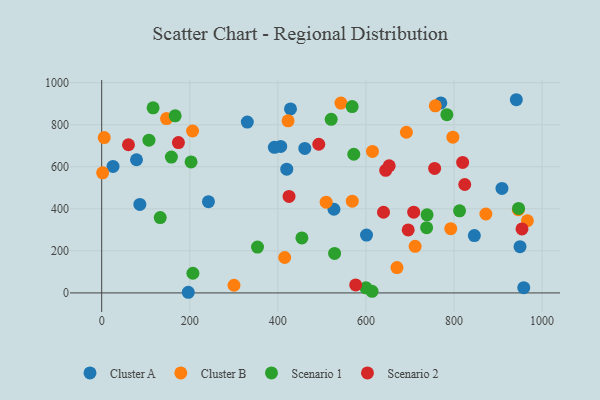
{"axis": {"x": "Study Hours", "y": "Yield"}, "legend": ["Cluster A", "Cluster B", "Scenario 1", "Scenario 2"], "data": [{"x": "527.4", "y": 397.8, "type": "Cluster A"}, {"x": "420.2", "y": 588.4, "type": "Cluster A"}, {"x": "846.2", "y": 272.6, "type": "Cluster A"}, {"x": "601.3", "y": 274.9, "type": "Cluster A"}, {"x": "25.7", "y": 601.4, "type": "Cluster A"}, {"x": "406.5", "y": 696.9, "type": "Cluster A"}, {"x": "428.7", "y": 874.9, "type": "Cluster A"}, {"x": "392.1", "y": 692.5, "type": "Cluster A"}, {"x": "908.9", "y": 496.8, "type": "Cluster A"}, {"x": "770.0", "y": 903.8, "type": "Cluster A"}, {"x": "330.6", "y": 812.6, "type": "Cluster A"}, {"x": "79.0", "y": 633.4, "type": "Cluster A"}, {"x": "242.4", "y": 434.1, "type": "Cluster A"}, {"x": "461.2", "y": 687.2, "type": "Cluster A"}, {"x": "86.6", "y": 420.7, "type": "Cluster A"}, {"x": "949.9", "y": 220.0, "type": "Cluster A"}, {"x": "958.4", "y": 25.0, "type": "Cluster A"}, {"x": "196.6", "y": 3.0, "type": "Cluster A"}, {"x": "941.5", "y": 918.8, "type": "Cluster A"}, {"x": "415.5", "y": 168.3, "type": "Cluster B"}, {"x": "797.4", "y": 740.8, "type": "Cluster B"}, {"x": "691.9", "y": 764.2, "type": "Cluster B"}, {"x": "757.5", "y": 889.9, "type": "Cluster B"}, {"x": "206.3", "y": 770.0, "type": "Cluster B"}, {"x": "711.7", "y": 221.7, "type": "Cluster B"}, {"x": "147.2", "y": 829.1, "type": "Cluster B"}, {"x": "872.4", "y": 375.4, "type": "Cluster B"}, {"x": "670.5", "y": 120.6, "type": "Cluster B"}, {"x": "5.7", "y": 738.6, "type": "Cluster B"}, {"x": "966.6", "y": 343.3, "type": "Cluster B"}, {"x": "614.8", "y": 673.0, "type": "Cluster B"}, {"x": "2.1", "y": 570.9, "type": "Cluster B"}, {"x": "569.0", "y": 436.5, "type": "Cluster B"}, {"x": "946.1", "y": 395.6, "type": "Cluster B"}, {"x": "509.7", "y": 431.3, "type": "Cluster B"}, {"x": "543.2", "y": 903.1, "type": "Cluster B"}, {"x": "423.2", "y": 818.4, "type": "Cluster B"}, {"x": "792.6", "y": 305.4, "type": "Cluster B"}, {"x": "300.4", "y": 36.4, "type": "Cluster B"}, {"x": "132.9", "y": 358.2, "type": "Scenario 1"}, {"x": "158.2", "y": 646.1, "type": "Scenario 1"}, {"x": "783.8", "y": 847.6, "type": "Scenario 1"}, {"x": "568.7", "y": 886.4, "type": "Scenario 1"}, {"x": "946.6", "y": 401.7, "type": "Scenario 1"}, {"x": "454.6", "y": 261.6, "type": "Scenario 1"}, {"x": "107.3", "y": 726.5, "type": "Scenario 1"}, {"x": "207.1", "y": 93.4, "type": "Scenario 1"}, {"x": "353.8", "y": 217.9, "type": "Scenario 1"}, {"x": "613.9", "y": 7.4, "type": "Scenario 1"}, {"x": "166.8", "y": 842.2, "type": "Scenario 1"}, {"x": "202.9", "y": 622.8, "type": "Scenario 1"}, {"x": "521.1", "y": 825.6, "type": "Scenario 1"}, {"x": "599.9", "y": 24.2, "type": "Scenario 1"}, {"x": "812.6", "y": 390.5, "type": "Scenario 1"}, {"x": "737.8", "y": 310.2, "type": "Scenario 1"}, {"x": "116.7", "y": 880.1, "type": "Scenario 1"}, {"x": "572.4", "y": 659.4, "type": "Scenario 1"}, {"x": "528.8", "y": 187.9, "type": "Scenario 1"}, {"x": "738.8", "y": 371.6, "type": "Scenario 1"}, {"x": "954.4", "y": 304.2, "type": "Scenario 2"}, {"x": "708.5", "y": 384.0, "type": "Scenario 2"}, {"x": "576.7", "y": 37.9, "type": "Scenario 2"}, {"x": "696.0", "y": 299.6, "type": "Scenario 2"}, {"x": "425.4", "y": 458.8, "type": "Scenario 2"}, {"x": "639.9", "y": 383.7, "type": "Scenario 2"}, {"x": "60.8", "y": 704.6, "type": "Scenario 2"}, {"x": "644.9", "y": 582.9, "type": "Scenario 2"}, {"x": "824.4", "y": 515.7, "type": "Scenario 2"}, {"x": "492.9", "y": 707.0, "type": "Scenario 2"}, {"x": "652.8", "y": 604.3, "type": "Scenario 2"}, {"x": "819.6", "y": 620.8, "type": "Scenario 2"}, {"x": "756.0", "y": 592.2, "type": "Scenario 2"}, {"x": "174.2", "y": 715.0, "type": "Scenario 2"}]}